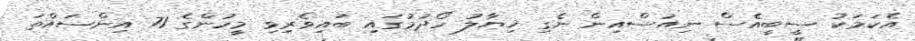
އެކަމަކު ސީބީއެސް ނިއުސްއިން ނެގި ޚިޔާލު ހޯދުމުގައި ބައިވެރިވި މީހުންގެ 71 އިންސައްތަ